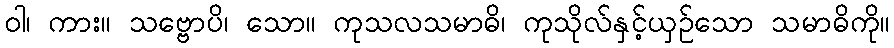
ဝါ၊ ကား။ သဗ္ဗောပိ၊ သော။ ကုသလသမာဓိ၊ ကုသိုလ်နှင့်ယှဉ်သော သမာဓိကို။